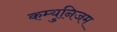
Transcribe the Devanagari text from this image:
कम्युनिजम